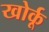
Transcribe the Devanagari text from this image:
खोर्कू